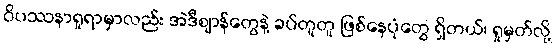
ဝိပဿနာရှုရာမှာလည်း အဲဒီဈာန်တွေနဲ့ ခပ်တူတူ ဖြစ်နေပုံတွေ ရှိတယ်၊ ရှုမှတ်လို့